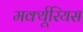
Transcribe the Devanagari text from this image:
मर्क्यूरियस